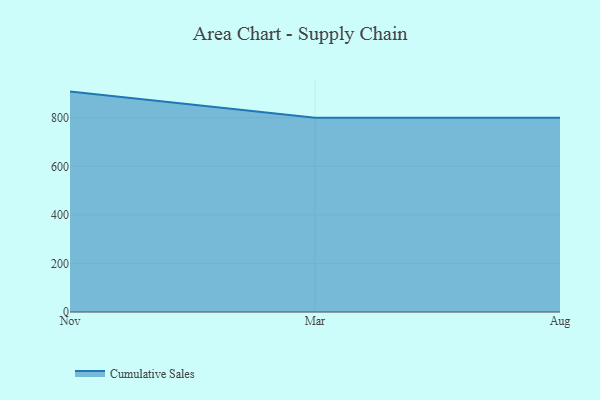
{"axis": {"x": "Month", "y": "Production Output"}, "legend": ["Cumulative Sales"], "data": [{"x": "Nov", "y": 907.6, "type": "Cumulative Sales"}, {"x": "Mar", "y": 800, "type": "Cumulative Sales"}, {"x": "Aug", "y": 800, "type": "Cumulative Sales"}]}